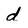
Character: d